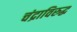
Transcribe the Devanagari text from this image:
चंद्राविरुद्ध